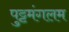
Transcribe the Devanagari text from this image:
पुट्टमंगलम